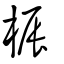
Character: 桭